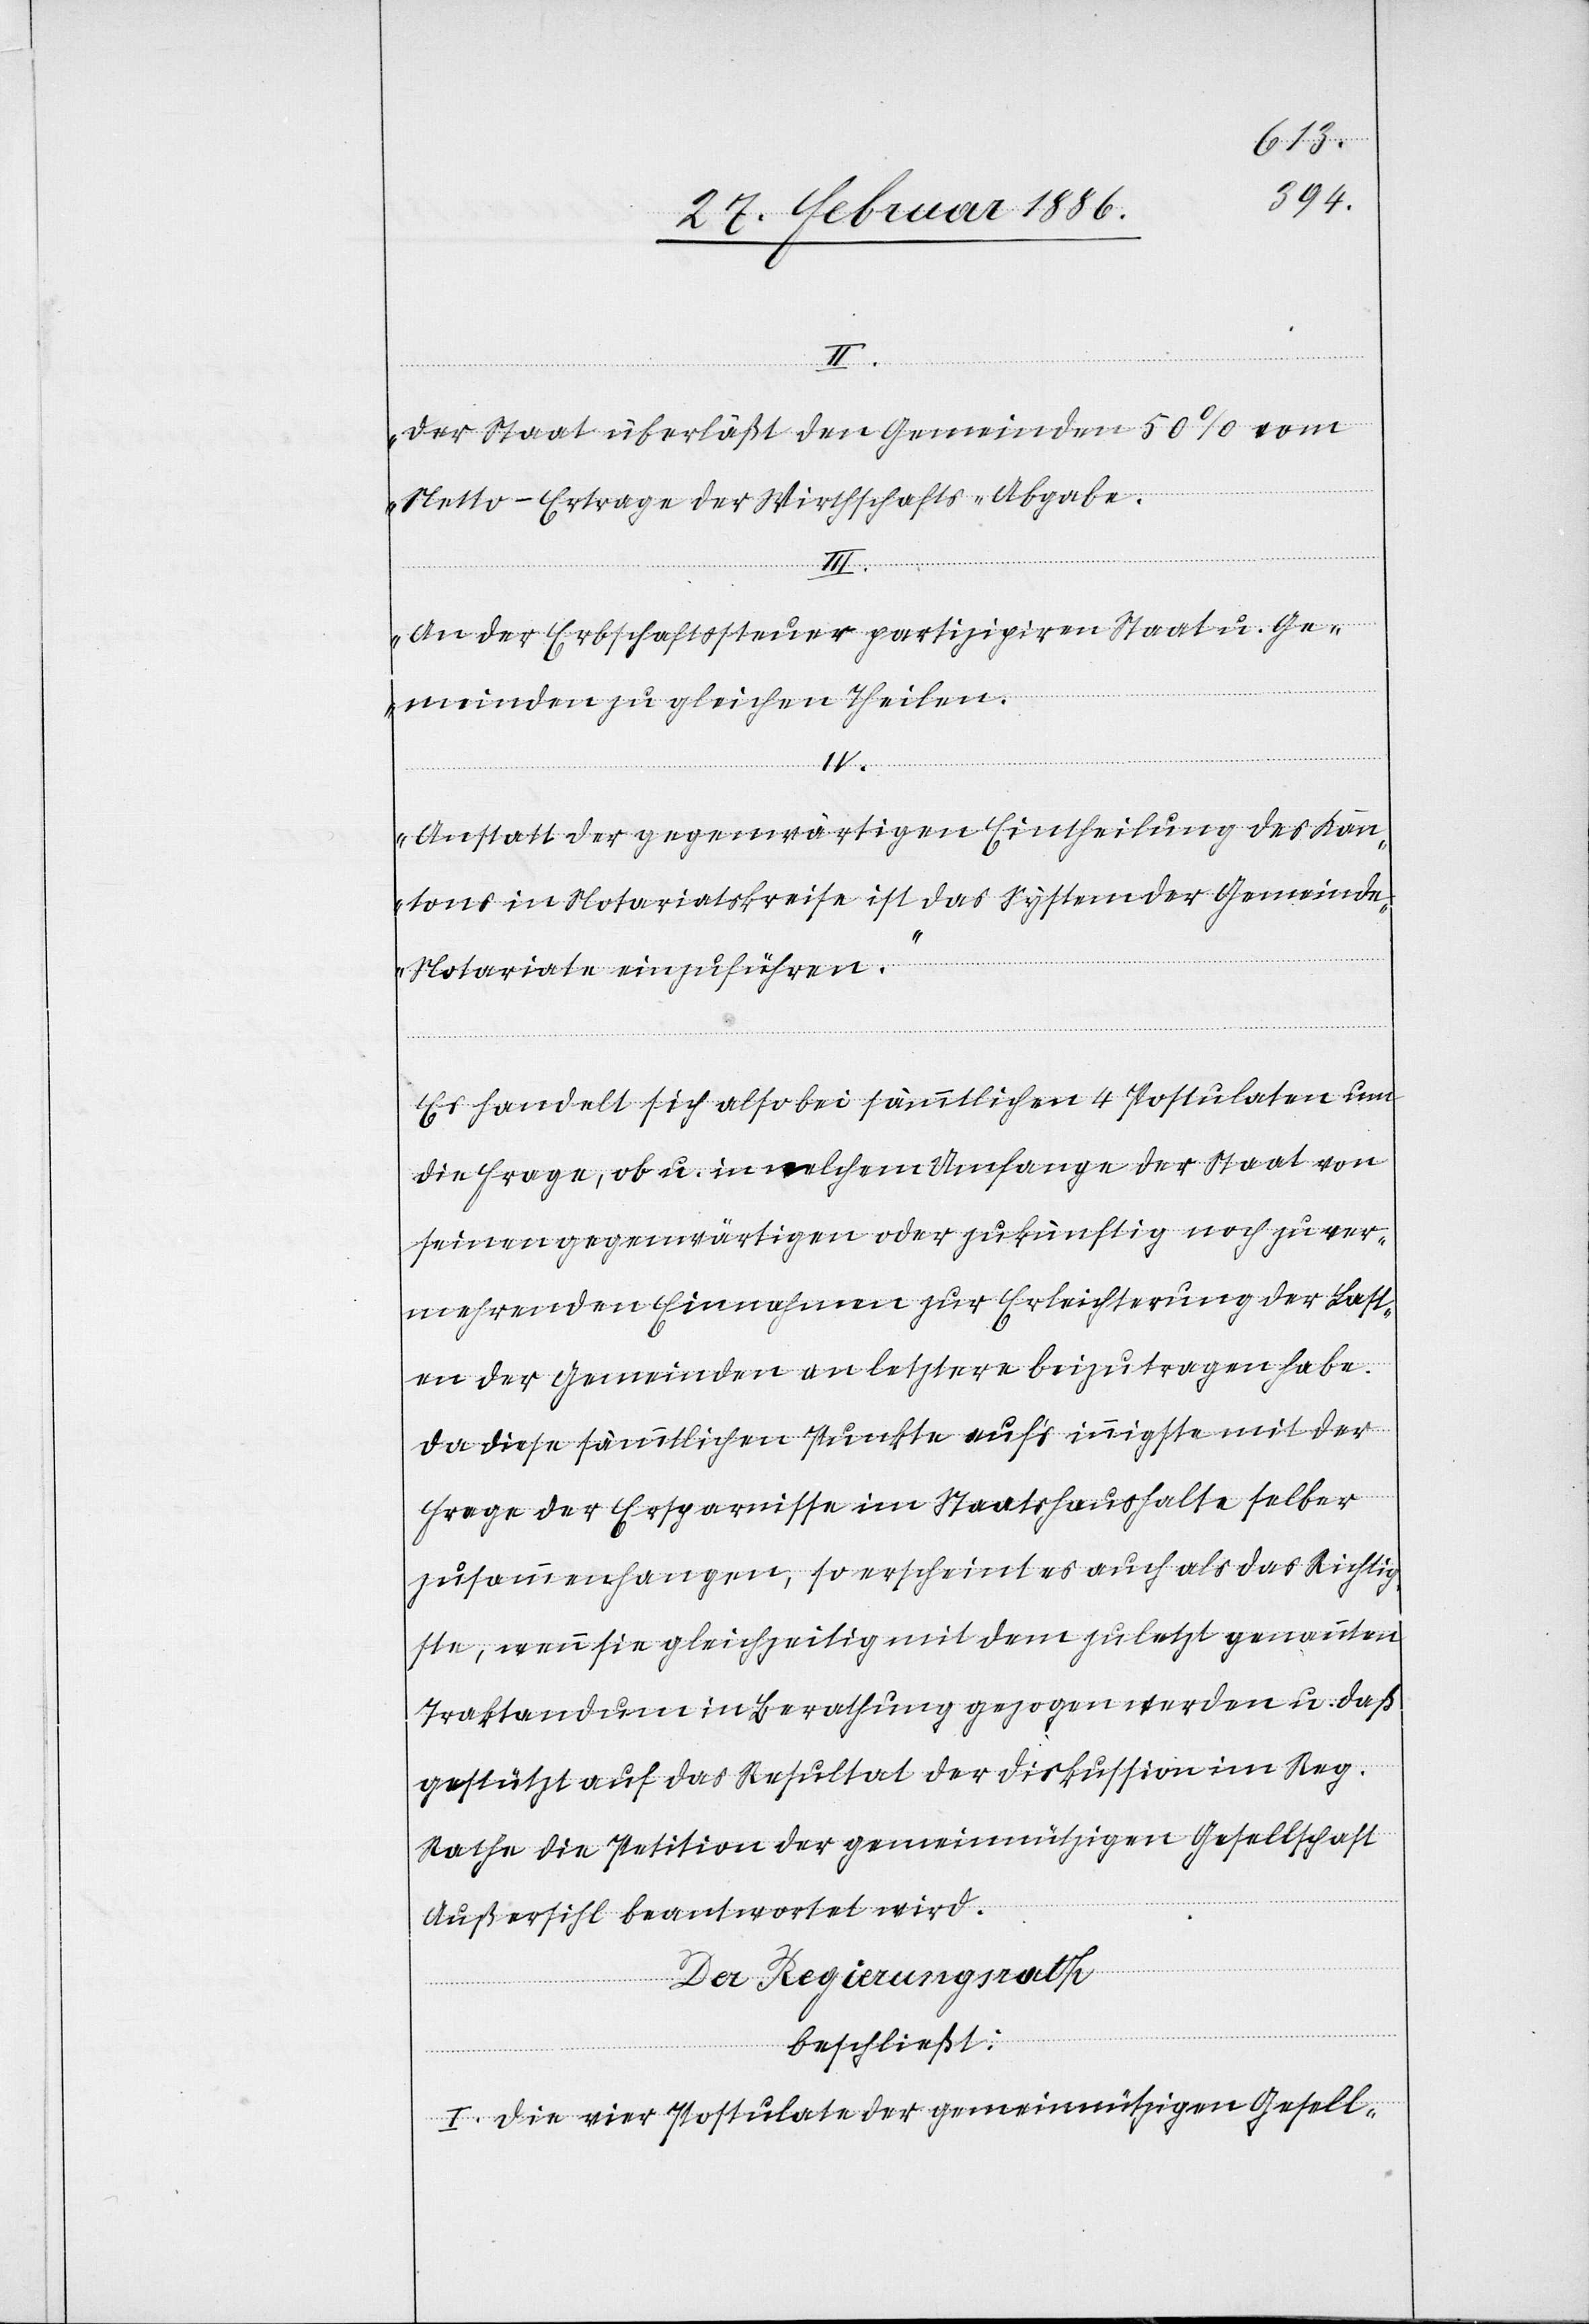
II.
„Der Staat überläßt den Gemeinden 50% vom
Netto-Ertrage der Wirthschafts-Abgabe.“
III.
„An der Erbschaftssteuer partizipiren Staat u. Ge¬
meinden zu gleichen Theilen.“
IV.
„Anstatt der gegenwärtigen Eintheilung des Kan¬
tons in Notariatskreise ist das System der Gemeind¬
e-Notariate einzuführen.“
Es handelt sich also bei sämmtlichen 4 Postulaten um
die Frage, ob u. in welchem Umfange der Staat von
seinen gegenwärtigen oder zukünftigen noch zu ver¬
mehrenden Einnahmen zur Erleichterung der Last¬
en der Gemeinden an letztere beizutragen habe.
Da diese sämmtlichen Punkte auf’s innigste mit der
Frage der Ersparnisse im Staatshaushalte selber
zusammenhangen, so erscheint es auch als das Richtig¬
ste, wenn sie gleichzeitig mit dem zuletzt genannten
Traktandum in Berathung gezogen werden u. daß
gestützt auf das Resultat der Diskussion im Reg.
Rathe die Petition der gemeinnützigen Gesellschaft
Außersihl beantwortet wird.
Der Regierungsrath
beschließt:
I. Die vier Postulate der gemeinnützigen Gesell-